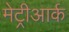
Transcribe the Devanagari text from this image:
मेट्रीआर्क